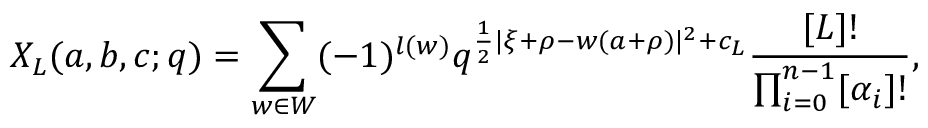
X _ { L } ( a , b , c ; q ) = \sum _ { w \in W } ( - 1 ) ^ { l ( w ) } q ^ { { \frac { 1 } { 2 } } | \xi + \rho - w ( a + \rho ) | ^ { 2 } + c _ { L } } { \frac { [ L ] ! } { \prod _ { i = 0 } ^ { n - 1 } [ \alpha _ { i } ] ! } } ,